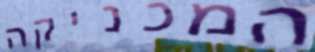
המכניקה